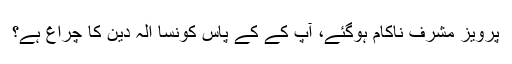
پرویز مشرف ناکام ہوگئے، آپ کے کے پاس کونسا الہ دین کا چراغ ہے؟